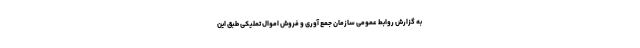
به گزارش روابط عمومی سازمان جمع آوری و فروش اموال تملیکی طبق این